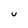
Character: U